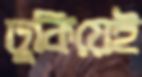
ঢুকিয়েই